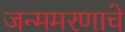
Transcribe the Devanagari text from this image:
जन्ममरणाचे